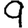
Digit: 9